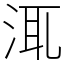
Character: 㳧